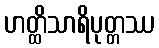
ဟတ္ထိသာရိပုတ္တဿ